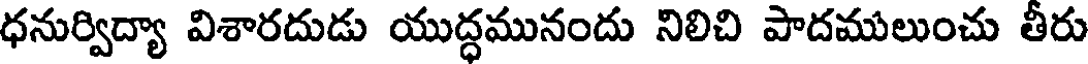
ధనుర్విద్యా విశారదుడు యుద్ధమునందు నిలిచి పాదములుంచు తీరు